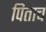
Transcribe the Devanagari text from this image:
पिताच